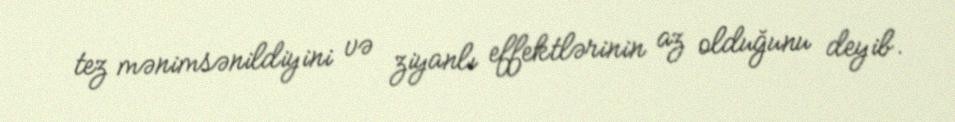
tez mənimsənildiyini və ziyanlı effektlərinin az olduğunu deyib.